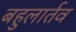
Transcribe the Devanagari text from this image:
बहुलार्तव